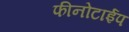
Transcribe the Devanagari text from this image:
फीनोटाईप